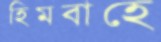
হিমবাহে